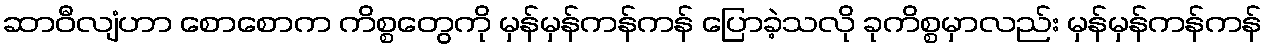
ဆာဝီလျံဟာ စောစောက ကိစ္စတွေကို မှန်မှန်ကန်ကန် ပြောခဲ့သလို ခုကိစ္စမှာလည်း မှန်မှန်ကန်ကန်